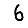
Digit: 6